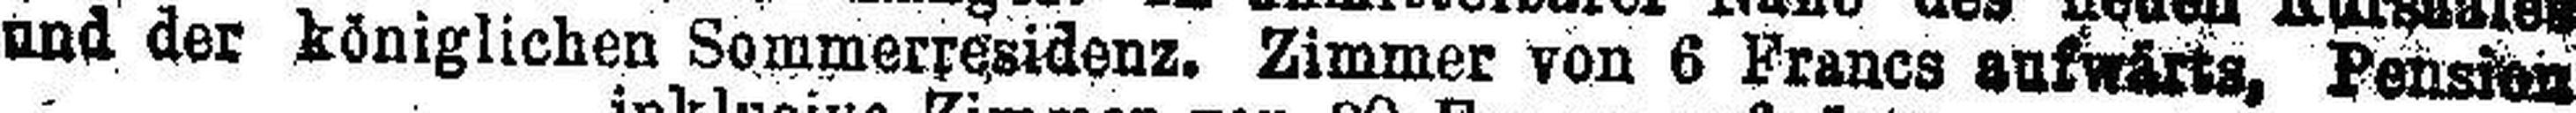
und der königlichen Sommerresidenz. Zimmer von 6 Francs aufwärts, Pension